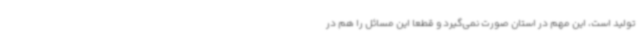
تولید است، این مهم در استان صورت نمی‌گیرد و قطعا این مسائل را هم در